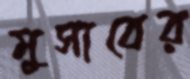
মুসাবের